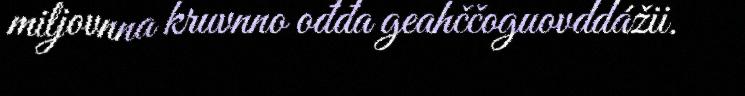
miljovnna kruvnno ođđa geahččoguovddážii.